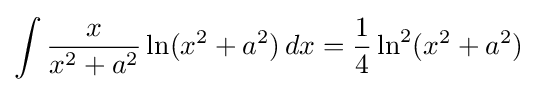
\int {\frac {x}{x^{2}+a^{2}}}\ln(x^{2}+a^{2})\,dx={\frac {1}{4}}\ln ^{2}(x^{2}+a^{2})